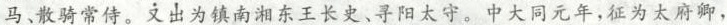
马、散骑常侍。又出为镇南湘东王长史、寻阳太守。中大同元年，征为太府卿，